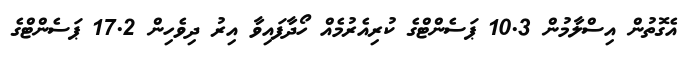
އެގޮތުން އިސްލާމުން 10.3 ޕަސެންޓްގެ ކުރިއެރުމެއް ހޯދާފައިވާ އިރު ދިވެހިން 17.2 ޕަސެންޓްގެ